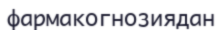
фармакогнозиядан